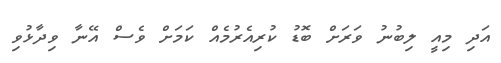
އަދި މިއީ ލިބުނު ވަރަށް ބޮޑު ކުރިއެރުމެއް ކަމަށް ވެސް އޭނާ ވިދާޅުވި